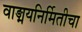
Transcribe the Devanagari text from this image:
वाङ्मयनिर्मितीचा